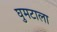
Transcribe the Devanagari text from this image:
घुमटाला